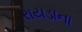
રાયડાના